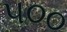
પ૦૦